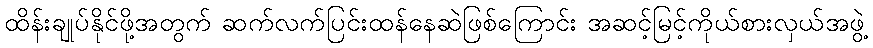
ထိန်းချုပ်နိုင်ဖို့အတွက် ဆက်လက်ပြင်းထန်နေဆဲဖြစ်ကြောင်း အဆင့်မြင့်ကိုယ်စားလှယ်အဖွဲ့